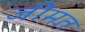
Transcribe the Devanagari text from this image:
जीमत